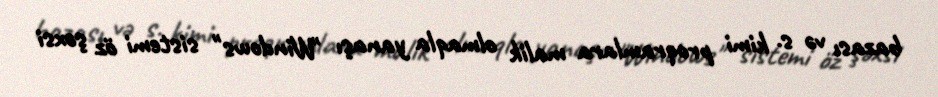
bazası və s. kimi proqramlara malik olmaqla yanaşı "Windows" sistemi öz şəxsi